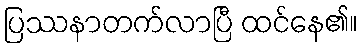
ပြဿနာတက်လာပြီ ထင်နေ၏။